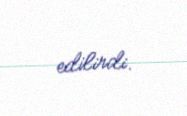
edilirdi.